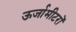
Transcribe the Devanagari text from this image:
ऊर्जामीटरों